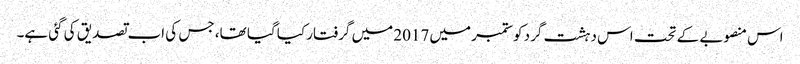
اس منصوبے کے تحت اس دہشت گرد کو ستمبر میں 2017 میں گرفتار کیا گیا تھا، جس کی اب تصدیق کی گئی ہے۔